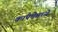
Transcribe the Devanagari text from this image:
कांपेचेमध्ये